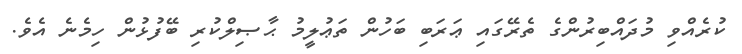
ކުރެއްވި މުދައްބިރުންގެ ތެރޭގައި ޢަރަބި ބަހުން ތަޢުލީމު ޙާޞިލްކުރި ބޭފުޅުން ހިމެނެ އެވެ.